Papaver somniferum - Opium : an extract from the sixth volume of the Dictionary of Economic Products of India
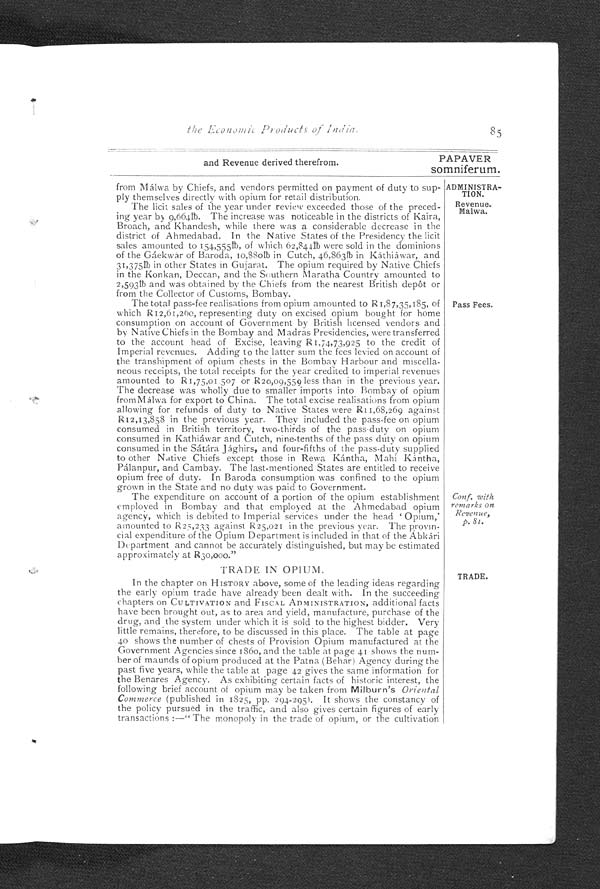
the Economic Products of India.
85
and Revenue derived therefrom.
PAPAVER
somniferum.
from Málwa by Chiefs, and vendors permitted on payment of duty to sup
- p l y t h e m s e l v e s d i r e c t l y w i t h o p i u m f o r r e t a i l d i s t r i b u t i o n .
The licit sales of the year under review exceeded those of the preced
- i n g y e a r b y 9 , 6 6 4 l b . T h e i n c r e a s e w a s n o t i c e a b l e i n t h e d i s t r i c t s o f K a i r a ,
Broach, and Khandesh, while there was a considerable decrease in the
district of Ahmedabad. In the Native States of the Presidency the licit
sales amounted to 154,555lb, of which 62,844lb were sold in the dominions
of t he Gáekwár of Baroda, 10, 880l b i n Cut ch, 46, 863l b i n Kát hi áwar, and
31,375lb in other States in Gujarat. The opium required by Native Chiefs
in the Konkan, Deccan, and the Southern Maratha Country amounted to
2,593lb and was obtained by the Chiefs from the nearest British depôt or
from the Collector of Customs, Bombay.
The total pass-fee realisations from opium amounted to R1,87,35,185, of
which R12,61,260, representing duty on excised opium bought for home
consumption on account of Government by British licensed vendors and
by Native Chiefs in the Bombay and Madras Presidencies, were transferred
to the account head of Excise, leaving R1,74,73,925 to the credit of
Imperial revenues. Adding to the latter sum the fees levied on account of
the transhipment of opium chests in the Bombay Harbour and miscella
-neous receipts, the total receipts for the year credited to imperial revenues
amounted to R1,75,01,507 or R20,09,559 less than in the previous year.
The decrease was wholly due to smaller imports into Bombay of opium
from Málwa for export to China. The total excise realisations from opium
allowing for refunds of duty to Native States were R11,68,269 against
R12,13,858 in the previous year. They included the pass-fee on opium
consumed in British territory, two-thirds of the pass-duty on opium
consumed in Kathiáwar and Cutch, nine-tenths of the pass duty on opium
consumed in the Sátára Jághirs, and four-fifths of the pass-duty supplied
to other Naive Chiefs except those in Rewa Kántha, Mahi Kántha,
Pálanpur, and Cambay. The last-mentioned States are entitled to receive
opium free of duty. In Baroda consumption was confined to the opium
grown in the State and no duty was paid to Government.
The expenditure on account of a portion of the opium establishment
employed in Bombay and that employed at the Ahmedabad opium
agency, which is debited to Imperial services under the head Opium,'
amounted to R25,233 against R25,021 in the previous year. The provin-
cial expenditure of the Opium Department is included in that of the Abkári
Department and cannot be accurately distinguished, but may be estimated
approximately at R30,000."
TRADE IN OPIUM.
In the chapter on HISTORY above, some of the leading ideas regarding
the early opium trade have already been dealt with. In the succeeding
chapters on CULTIVATION and FISCAL ADMINISTRATION, additional facts
have been brought out, as to area and yield, manufacture, purchase of the
drug, and the system under which it is sold to the highest bidder. Very
little remains, therefore, to be discussed in this place. The table at page
40 shows the number of chests of Provision Opium manufactured at the
Government Agencies since 1860, and the table at page 41 shows the num
-ber of maunds of opium produced at the Patna (Behar) Agency during the
p a s t f i v e y e a r s , w h i l e t h e t a b l e a t p a g e 4 2 g i v e s t h e s a m e i n f o r m a t i o n f o
the Benares Agency. As exhibiting certain facts of historic interest, the
following brief account of opium may be taken from Milburn's Oriental
Commerce (published in 1825, pp. 294-295). It shows the constancy of
the policy pursued in the traffic, and also gives certain figures of early
transactions:—"The monopoly in the trade of opium, or the cultivation
ADMINISTRA- TION.
Revenue.
Malwa.
Pass Fees.
Conf. with
remarks on
Revenue,
p. 81.
TRADE.